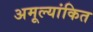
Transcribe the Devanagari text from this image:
अमूल्यांकित